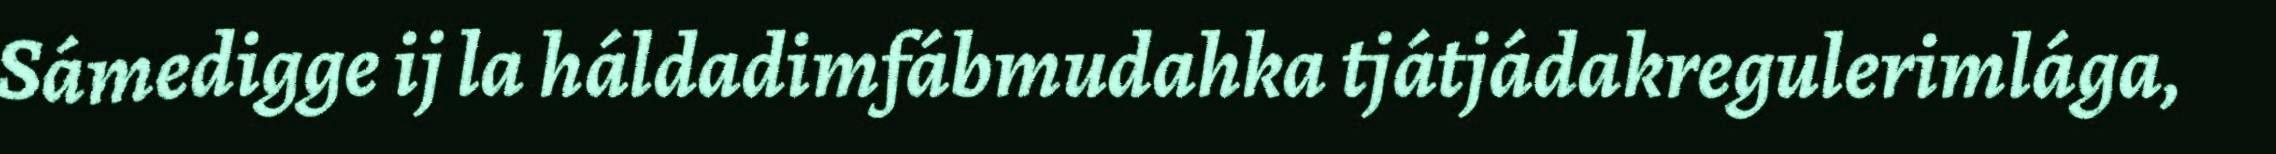
Sámedigge ij la háldadimfábmudahka tjátjádakregulerimlága,